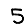
Digit: 5